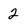
Character: 2